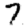
Digit: 7